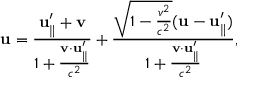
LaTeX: \mathbf { u } = { \frac { \mathbf { u } _ { \parallel } ^ { \prime } + \mathbf { v } } { 1 + { \frac { \mathbf { v } \cdot \mathbf { u } _ { \parallel } ^ { \prime } } { c ^ { 2 } } } } } + { \frac { { \sqrt { 1 - { \frac { v ^ { 2 } } { c ^ { 2 } } } } } ( \mathbf { u } - \mathbf { u } _ { \parallel } ^ { \prime } ) } { 1 + { \frac { \mathbf { v } \cdot \mathbf { u } _ { \parallel } ^ { \prime } } { c ^ { 2 } } } } } ,